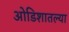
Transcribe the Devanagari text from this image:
ओडिशातल्या